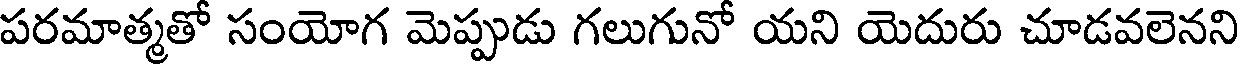
పరమాత్మతో సంయోగ మెప్పుడు గలుగునో యని యెదురు చూడవలెనని